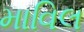
માવિલ